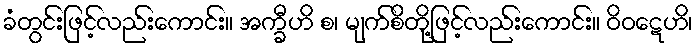
ခံတွင်းဖြင့်လည်းကောင်း။ အက္ခီဟိ စ၊ မျက်စိတို့ဖြင့်လည်းကောင်း။ ဝိဝဋေဟိ၊